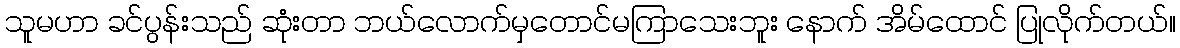
သူမဟာ ခင်ပွန်းသည် ဆုံးတာ ဘယ်လောက်မှတောင်မကြာသေးဘူး နောက် အိမ်ထောင် ပြုလိုက်တယ်။